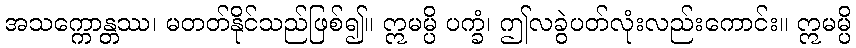
အသက္ကောန္တဿ၊ မတတ်နိုင်သည်ဖြစ်၍။ ဣမမ္ပိ ပက္ခံ၊ ဤလခွဲပတ်လုံးလည်းကောင်း။ ဣမမ္ပိ